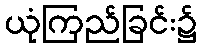
ယုံကြည်ခြင်း၌